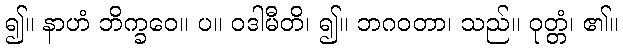
၍။ နာဟံ ဘိက္ခဝေ။ ပ။ ဝဒါမီတိ၊ ၍။ ဘဂဝတာ၊ သည်။ ဝုတ္တံ၊ ၏။